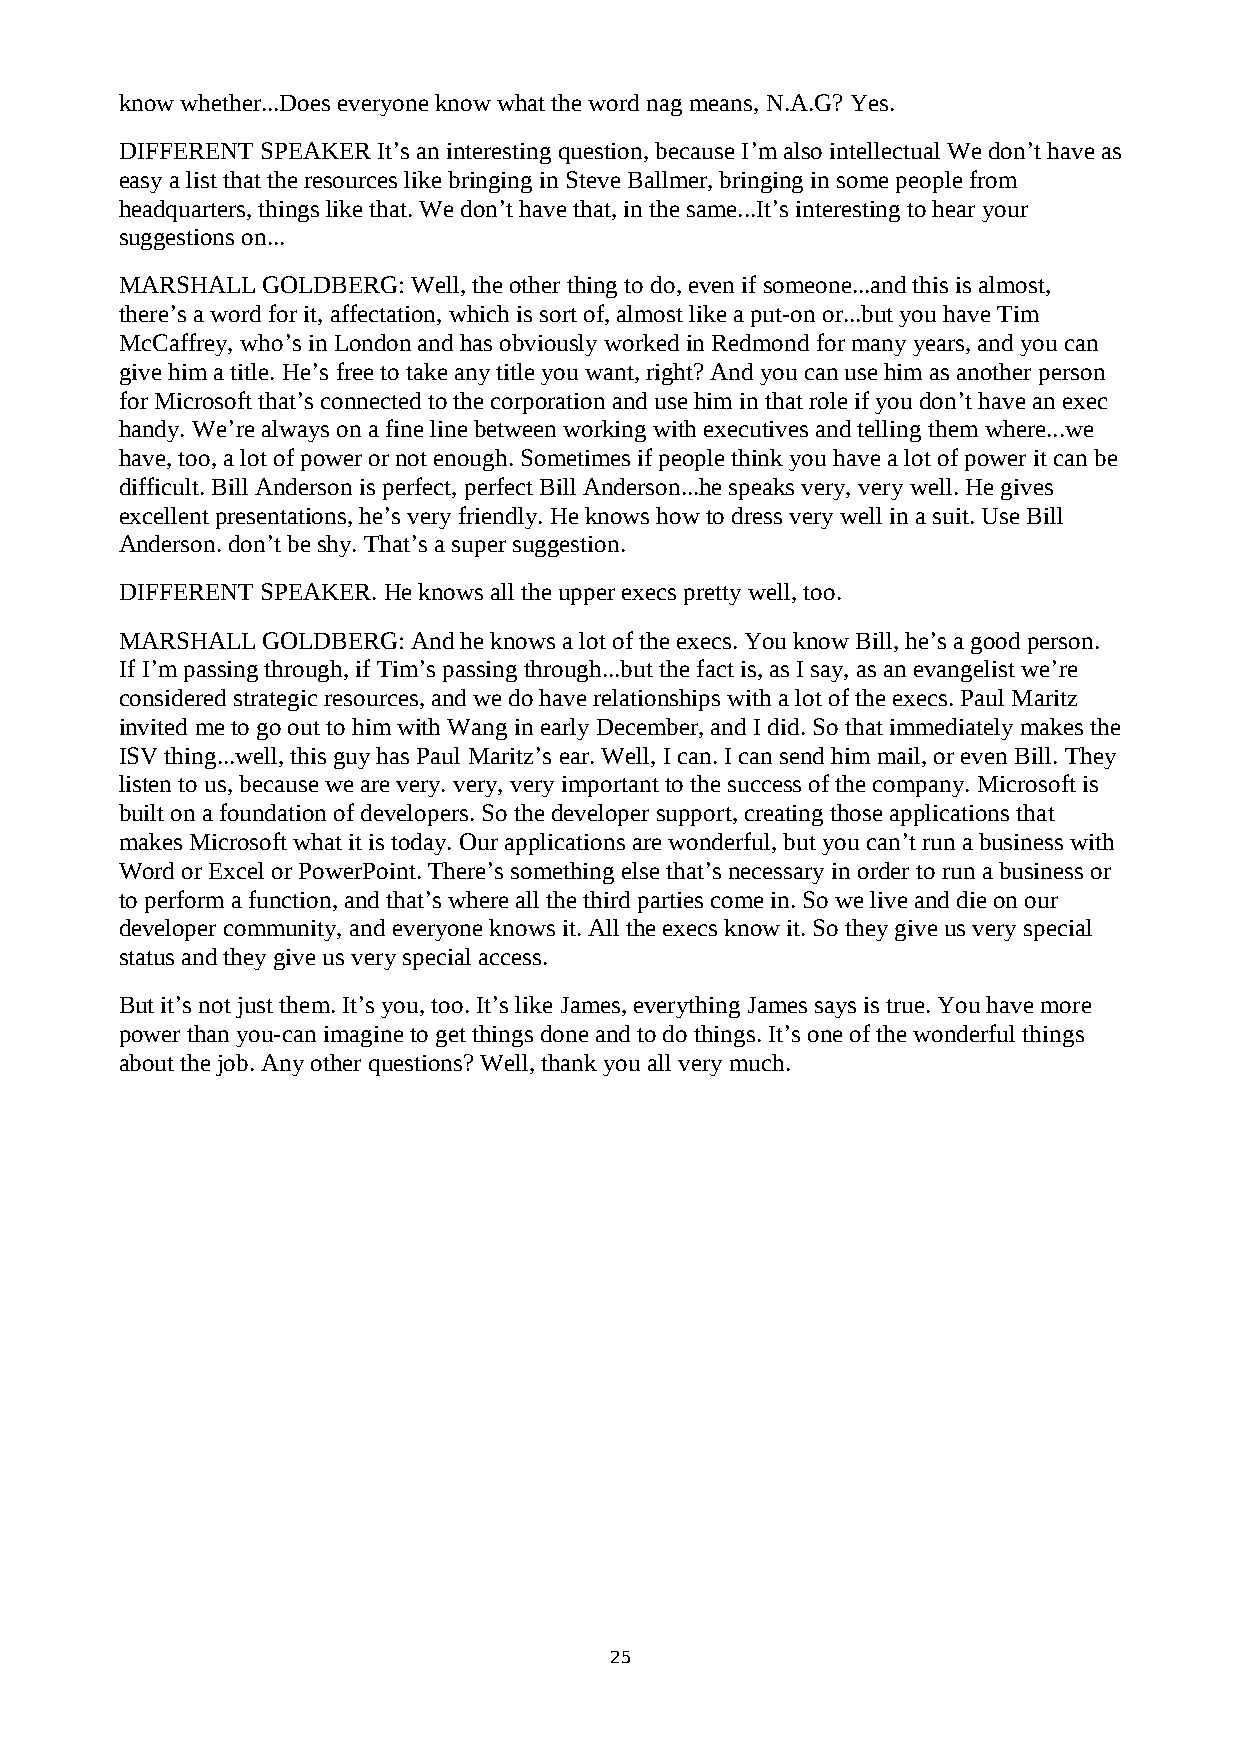
know whether...Does everyone know what the word nag means, N.A.G? Yes.
 DIFFERENT SPEAKER It’s an interesting question, because I’m also intellectual We don’t have as
 easy a list that the resources like bringing in Steve Ballmer, bringing in some people from
 headquarters, things like that. We don’t have that, in the same...It’s interesting to hear your
 suggestions on...
 MARSHALL GOLDBERG: Well, the other thing to do, even if someone...and this is almost,
 there’s a word for it, affectation, which is sort of, almost like a put-on or...but you have Tim
 McCaffrey, who’s in London and has obviously worked in Redmond for many years, and you can
 give him a title. He’s free to take any title you want, right? And you can use him as another person
 for Microsoft that’s connected to the corporation and use him in that role if you don’t have an exec
 handy. We’re always on a fine line between working with executives and telling them where...we
 have, too, a lot of power or not enough. Sometimes if people think you have a lot of power it can be
 difficult. Bill Anderson is perfect, perfect Bill Anderson...he speaks very, very well. He gives
 excellent presentations, he’s very friendly. He knows how to dress very well in a suit. Use Bill
 Anderson. don’t be shy. That’s a super suggestion.
 DIFFERENT SPEAKER. He knows all the upper execs pretty well, too.
 MARSHALL GOLDBERG: And he knows a lot of the execs. You know Bill, he’s a good person.
 If I’m passing through, if Tim’s passing through...but the fact is, as I say, as an evangelist we’re
 considered strategic resources, and we do have relationships with a lot of the execs. Paul Maritz
 invited me to go out to him with Wang in early December, and I did. So that immediately makes the
 ISV thing...well, this guy has Paul Maritz’s ear. Well, I can. I can send him mail, or even Bill. They
 listen to us, because we are very. very, very important to the success of the company. Microsoft is
 built on a foundation of developers. So the developer support, creating those applications that
 makes Microsoft what it is today. Our applications are wonderful, but you can’t run a business with
 Word or Excel or PowerPoint. There’s something else that’s necessary in order to run a business or
 to perform a function, and that’s where all the third parties come in. So we live and die on our
 developer community, and everyone knows it. All the execs know it. So they give us very special
 status and they give us very special access.
 But it’s not just them. It’s you, too. It’s like James, everything James says is true. You have more
 power than you-can imagine to get things done and to do things. It’s one of the wonderful things
 about the job. Any other questions? Well, thank you all very much.
 25